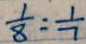
\frac { 1 } { 8 } : \frac { 1 } { 7 }